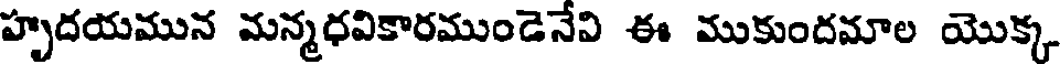
హృదయమున మన్మధవికారముండెనేవి ఈ ముకుందమాల యొక్క